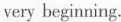
very beginning.